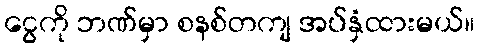
ငွေကို ဘဏ်မှာ စနစ်တကျ အပ်နှံထားမယ်။